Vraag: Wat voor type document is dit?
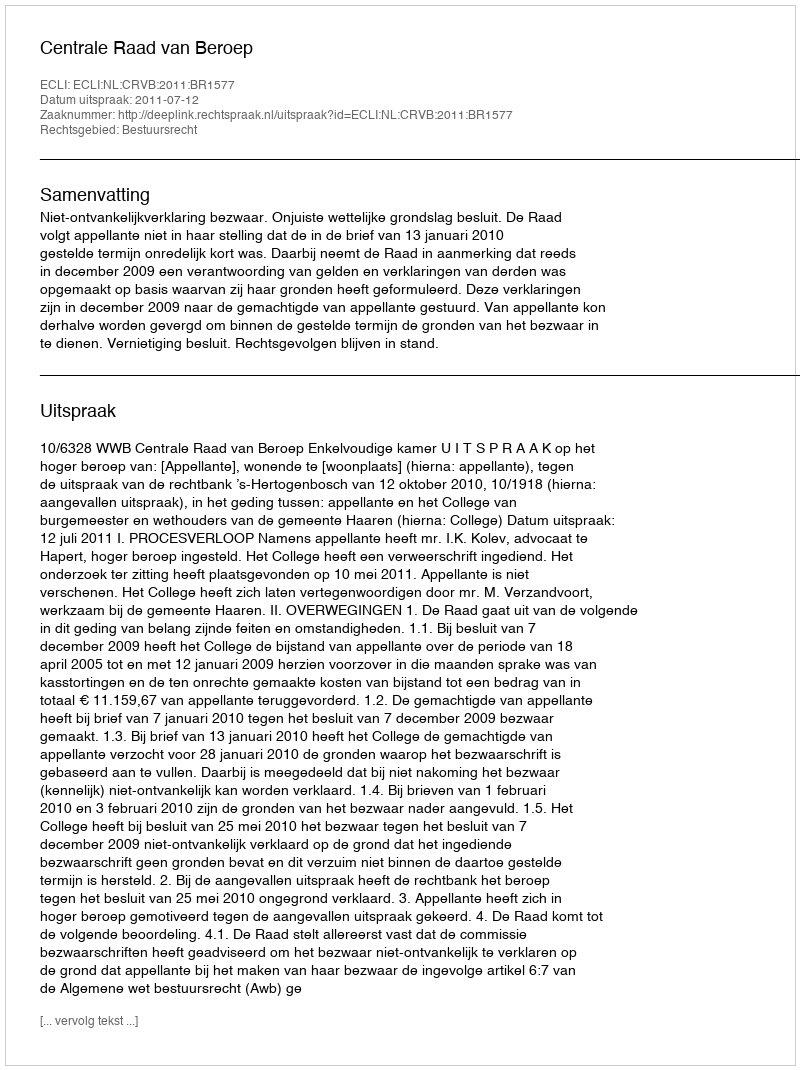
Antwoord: Uitspraak